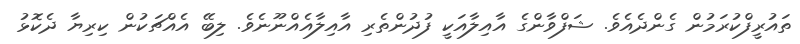
ތައުރީފްކުރަމުން ގެންދެއެވެ. ޝަފްވާންގެ އާއިލާއަކީ ފުދުންތެރި އާއިލާއެއްނޫނެވެ. ލިބޭ އެއްޗަކުން ކިރިޔާ ދެކޮޅު